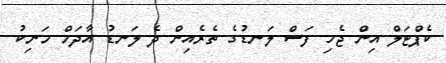
ކެޕްޓަލް އިން ޖެހި ފަސް ލަނޑުގެ ތެރެއިން ދެ ލަނޑު އާދަމް މަނިކު